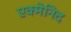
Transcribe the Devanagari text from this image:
एक्मेनिद